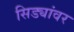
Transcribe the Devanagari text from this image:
सिड्यांवर